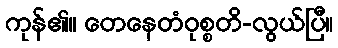
ကုန်၏။ တေနေတံဝုစ္စတိ-လွယ်ပြီ။